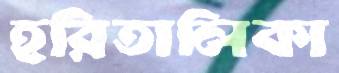
হরিতালিকা